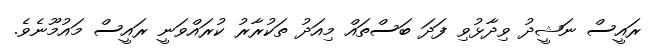
ރައީސް ނަޝީދު ވިދާޅުވި ފަދަ ބަސްތައް މިއަދު ތަކުރާރު ކުރައްވަނީ ރައީސް މައުމޫނެވެ.